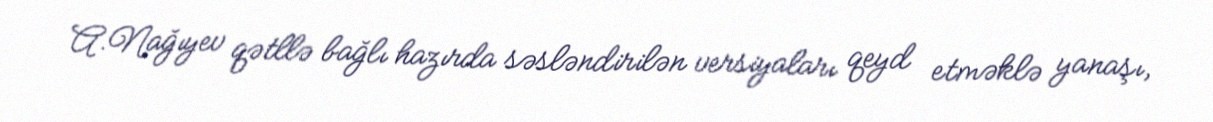
A.Nağıyev qətllə bağlı hazırda səsləndirilən versiyaları qeyd etməklə yanaşı,